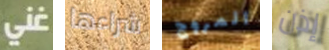
غني شراءها المروج إذن